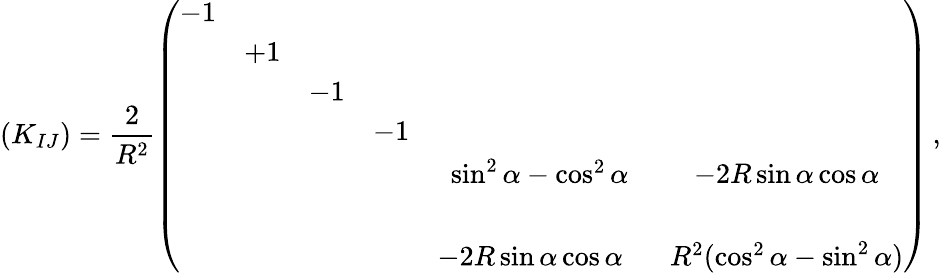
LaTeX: (K_{IJ})=\frac{2}{R^{2}}\left(\begin{array}{cccccc}{{-1}}&{{}}&{{}}&{{}}&{{}}&{{}}\\ {{}}&{{+1}}&{{}}&{{}}&{{}}&{{}}\\ {{}}&{{}}&{{-1}}&{{}}&{{}}&{{}}\\ {{}}&{{}}&{{}}&{{-1}}&{{}}&{{}}\\ {{}}&{{}}&{{}}&{{}}&{{\sin^{2}{\alpha}-\cos^{2}{\alpha}}}&{{-2R\sin{\alpha}\cos{\alpha}}}\\ {{}}&{{}}&{{}}&{{}}&{{}}&{{}}\\ {{}}&{{}}&{{}}&{{}}&{{-2R\sin{\alpha}\cos{\alpha}\, \, \, \, }}&{{R^{2}(\cos^{2}{\alpha}-\sin^{2}{\alpha})}}\end{array}\right)\, ,